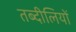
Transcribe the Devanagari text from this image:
तब्दीलियों